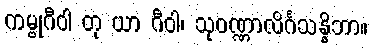
ကမ္ဗုဂီဝါ တု ယာ ဂီဝါ၊ သုဝဏ္ဏာလိင်္ဂသန္နိဘာ။